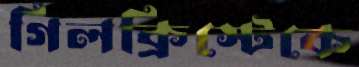
গিলক্রিস্টেকে